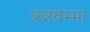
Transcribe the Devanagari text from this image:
अन्नवेम्मा